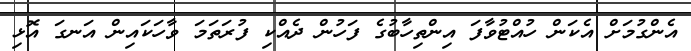
އެންގުމަށް އެކަން ހުއްޓުވާފަ އިންތިހާބުގެ ފަހުން ދެއްކި ފުރަތަމަ ވާހަކައިން އަނގަ އޮޅި